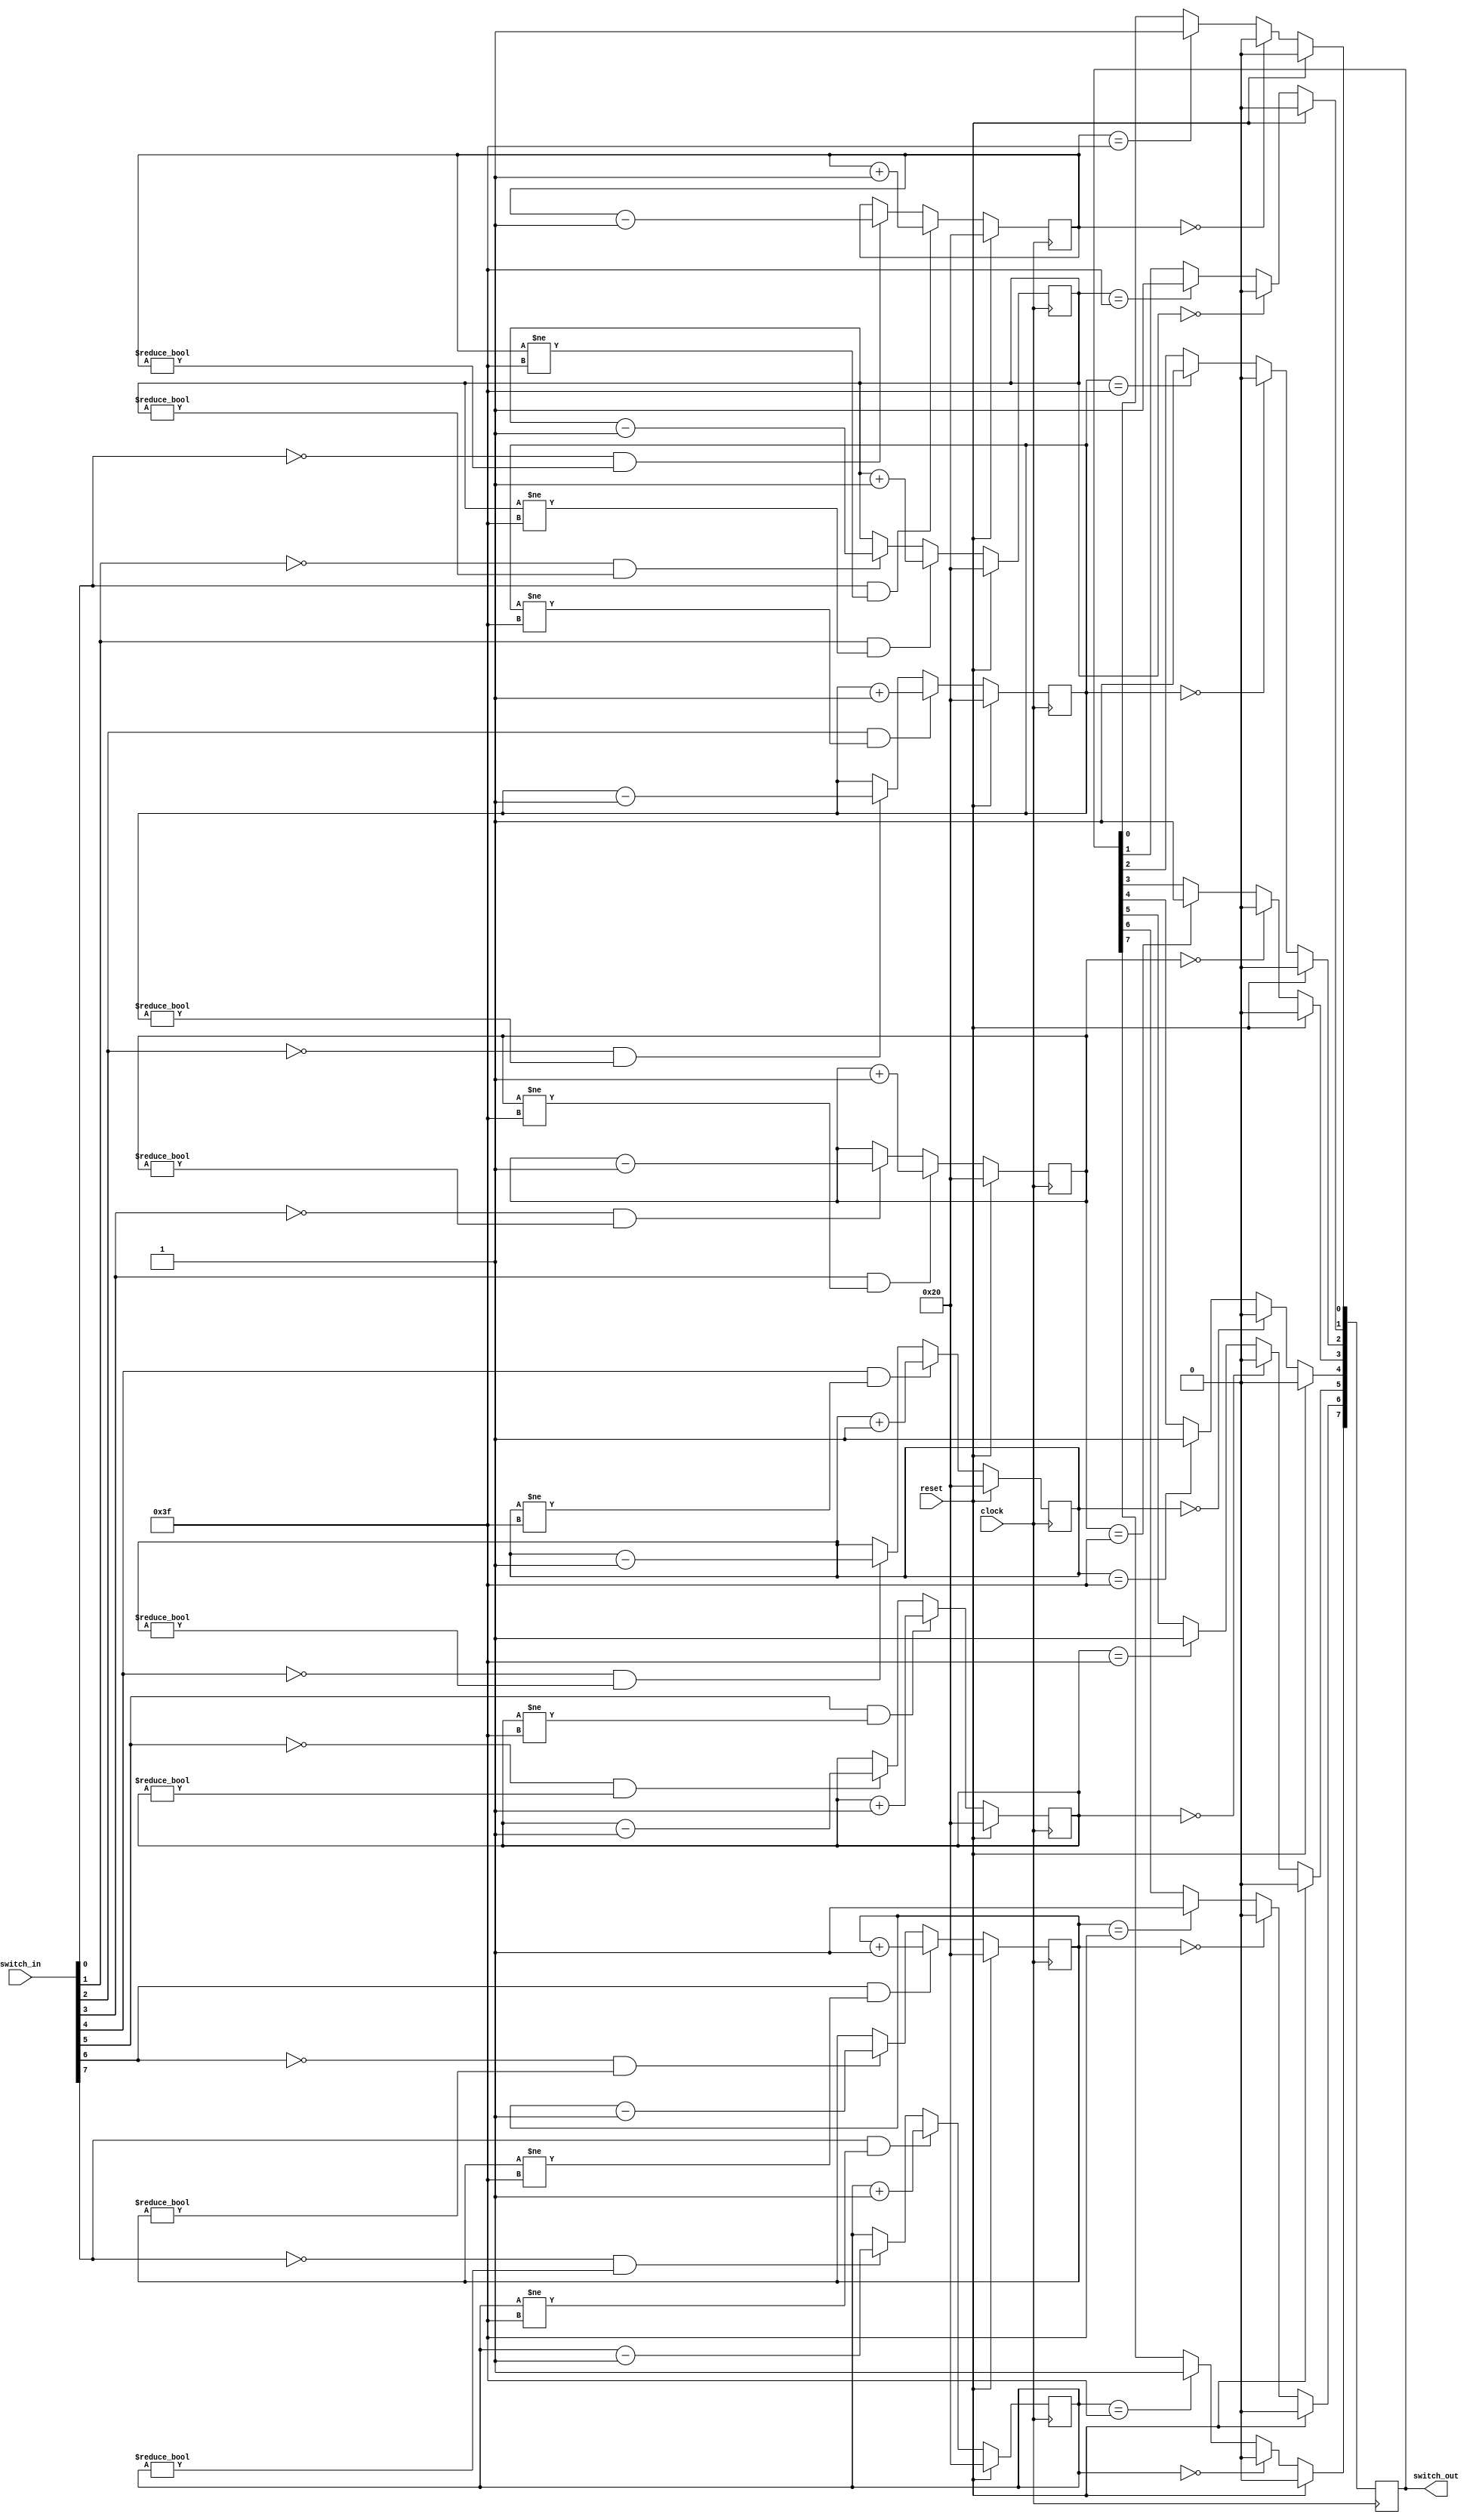
`timescale 1ns / 1ps
/*
 * Project      : University of Utah, XUM Project MIPS32 core
 * Creator(s)   : Grant Ayers (ayers@cs.utah.edu)
 *
 * Modification History:
 *   Rev   Date         Initials  Description of Change
 *   1.0   18-Jun-2012  GEA       Initial design.
 *
 * Standards/Formatting:
 *   Verilog 2001, 4 soft tab, wide column.
 *
 * Description:
 *   A debouncer for 8 switches.
 */
module Switch_Filter(
    input  clock,
    input  reset,
    input  [7:0] switch_in,
    output reg [7:0] switch_out
    );


    reg [5:0] c7, c6, c5, c4, c3, c2, c1, c0;

    always @(posedge clock) begin
        c0 <= (reset) ? 6'h20 : ((switch_in[0] & (c0 != 6'h3F)) ? c0 + 1 : ((~switch_in[0] & (c0 != 6'h00)) ? c0 - 1 : c0));
        c1 <= (reset) ? 6'h20 : ((switch_in[1] & (c1 != 6'h3F)) ? c1 + 1 : ((~switch_in[1] & (c1 != 6'h00)) ? c1 - 1 : c1));
        c2 <= (reset) ? 6'h20 : ((switch_in[2] & (c2 != 6'h3F)) ? c2 + 1 : ((~switch_in[2] & (c2 != 6'h00)) ? c2 - 1 : c2));
        c3 <= (reset) ? 6'h20 : ((switch_in[3] & (c3 != 6'h3F)) ? c3 + 1 : ((~switch_in[3] & (c3 != 6'h00)) ? c3 - 1 : c3));
        c4 <= (reset) ? 6'h20 : ((switch_in[4] & (c4 != 6'h3F)) ? c4 + 1 : ((~switch_in[4] & (c4 != 6'h00)) ? c4 - 1 : c4));
        c5 <= (reset) ? 6'h20 : ((switch_in[5] & (c5 != 6'h3F)) ? c5 + 1 : ((~switch_in[5] & (c5 != 6'h00)) ? c5 - 1 : c5));
        c6 <= (reset) ? 6'h20 : ((switch_in[6] & (c6 != 6'h3F)) ? c6 + 1 : ((~switch_in[6] & (c6 != 6'h00)) ? c6 - 1 : c6));
        c7 <= (reset) ? 6'h20 : ((switch_in[7] & (c7 != 6'h3F)) ? c7 + 1 : ((~switch_in[7] & (c7 != 6'h00)) ? c7 - 1 : c7));
    end

    always @(posedge clock) begin
        switch_out[0] <= (reset) ? 0 : ((c0 == 6'h00) ? 0 : ((c0 == 6'h3F) ? 1 : switch_out[0]));
        switch_out[1] <= (reset) ? 0 : ((c1 == 6'h00) ? 0 : ((c1 == 6'h3F) ? 1 : switch_out[1]));
        switch_out[2] <= (reset) ? 0 : ((c2 == 6'h00) ? 0 : ((c2 == 6'h3F) ? 1 : switch_out[2]));
        switch_out[3] <= (reset) ? 0 : ((c3 == 6'h00) ? 0 : ((c3 == 6'h3F) ? 1 : switch_out[3]));
        switch_out[4] <= (reset) ? 0 : ((c4 == 6'h00) ? 0 : ((c4 == 6'h3F) ? 1 : switch_out[4]));
        switch_out[5] <= (reset) ? 0 : ((c5 == 6'h00) ? 0 : ((c5 == 6'h3F) ? 1 : switch_out[5]));
        switch_out[6] <= (reset) ? 0 : ((c6 == 6'h00) ? 0 : ((c6 == 6'h3F) ? 1 : switch_out[6]));
        switch_out[7] <= (reset) ? 0 : ((c7 == 6'h00) ? 0 : ((c7 == 6'h3F) ? 1 : switch_out[7]));
    end

/*
    reg [19:0] c7, c6, c5, c4, c3, c2, c1, c0;

    always @(posedge clock) begin
        c0 <= (reset) ? 20'h80000 : ((switch_in[0] & (c0 != 20'hFFFFF)) ? c0 + 1 : ((~switch_in[0] & (c0 != 20'h00000)) ? c0 - 1 : c0));
        c1 <= (reset) ? 20'h80000 : ((switch_in[1] & (c1 != 20'hFFFFF)) ? c1 + 1 : ((~switch_in[1] & (c1 != 20'h00000)) ? c1 - 1 : c1));
        c2 <= (reset) ? 20'h80000 : ((switch_in[2] & (c2 != 20'hFFFFF)) ? c2 + 1 : ((~switch_in[2] & (c2 != 20'h00000)) ? c2 - 1 : c2));
        c3 <= (reset) ? 20'h80000 : ((switch_in[3] & (c3 != 20'hFFFFF)) ? c3 + 1 : ((~switch_in[3] & (c3 != 20'h00000)) ? c3 - 1 : c3));
        c4 <= (reset) ? 20'h80000 : ((switch_in[4] & (c4 != 20'hFFFFF)) ? c4 + 1 : ((~switch_in[4] & (c4 != 20'h00000)) ? c4 - 1 : c4));
        c5 <= (reset) ? 20'h80000 : ((switch_in[5] & (c5 != 20'hFFFFF)) ? c5 + 1 : ((~switch_in[5] & (c5 != 20'h00000)) ? c5 - 1 : c5));
        c6 <= (reset) ? 20'h80000 : ((switch_in[6] & (c6 != 20'hFFFFF)) ? c6 + 1 : ((~switch_in[6] & (c6 != 20'h00000)) ? c6 - 1 : c6));
        c7 <= (reset) ? 20'h80000 : ((switch_in[7] & (c7 != 20'hFFFFF)) ? c7 + 1 : ((~switch_in[7] & (c7 != 20'h00000)) ? c7 - 1 : c7));
    end

    always @(posedge clock) begin
        switch_out[0] <= (reset) ? 0 : ((c0 == 20'h00000) ? 0 : ((c0 == 20'hFFFFF) ? 1 : switch_out[0]));
        switch_out[1] <= (reset) ? 0 : ((c1 == 20'h00000) ? 0 : ((c1 == 20'hFFFFF) ? 1 : switch_out[1]));
        switch_out[2] <= (reset) ? 0 : ((c2 == 20'h00000) ? 0 : ((c2 == 20'hFFFFF) ? 1 : switch_out[2]));
        switch_out[3] <= (reset) ? 0 : ((c3 == 20'h00000) ? 0 : ((c3 == 20'hFFFFF) ? 1 : switch_out[3]));
        switch_out[4] <= (reset) ? 0 : ((c4 == 20'h00000) ? 0 : ((c4 == 20'hFFFFF) ? 1 : switch_out[4]));
        switch_out[5] <= (reset) ? 0 : ((c5 == 20'h00000) ? 0 : ((c5 == 20'hFFFFF) ? 1 : switch_out[5]));
        switch_out[6] <= (reset) ? 0 : ((c6 == 20'h00000) ? 0 : ((c6 == 20'hFFFFF) ? 1 : switch_out[6]));
        switch_out[7] <= (reset) ? 0 : ((c7 == 20'h00000) ? 0 : ((c7 == 20'hFFFFF) ? 1 : switch_out[7]));
    end
*/

endmodule